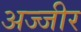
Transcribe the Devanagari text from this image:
अज्जीर